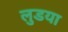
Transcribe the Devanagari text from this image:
लुडया